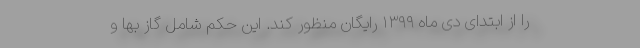
را از ابتدای دی ماه ۱۳۹۹ رایگان منظور کند. این حکم شامل گاز بها و